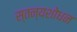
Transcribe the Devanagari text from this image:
स्तन्यशोधन